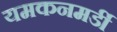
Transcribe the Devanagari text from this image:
यमकनमर्डी